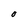
Character: O